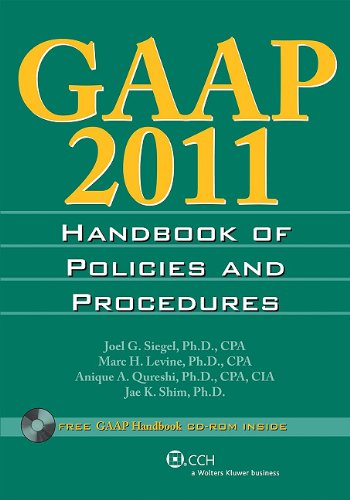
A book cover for GAAP Handbook of Policies and Procedures (W/CD-ROM) (2011); Joel G. Siegel; Business & Money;